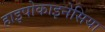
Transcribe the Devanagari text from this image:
हाइपोकाइनेसिया